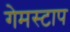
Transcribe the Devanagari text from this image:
गेमस्टाप